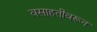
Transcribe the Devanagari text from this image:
वसाहतींवरून